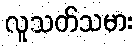
လူသတ်သမား